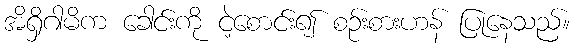
အိရှိဂါမိက ခေါင်းကို ငဲ့စောင်း၍ စဉ်းစားဟန် ပြုနေသည်။